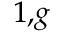
^ { 1 , g }